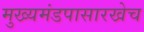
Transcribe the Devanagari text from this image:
मुख्यमंडपासारखेच